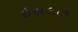
ઇસલાહ